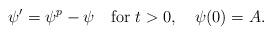
LaTeX: \begin{align*}\psi'=\psi^p-\psi\quad\mbox{for $t>0$},\quad\psi(0)=A.\end{align*}